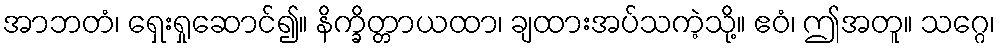
အာဘတံ၊ ရှေးရှုဆောင်၍။ နိက္ခိတ္တာယထာ၊ ချထားအပ်သကဲ့သို့။ ဧဝံ၊ ဤအတူ။ သဂ္ဂေ၊